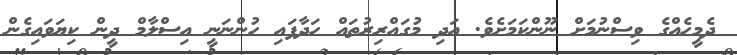
ދެމީހެއްގެ ވިސްނުމަށް ނޫންކަމަށެވެ. އަދި މުގައްރިރުތައް ހަދާފައި ހުންނަނީ އިސްލާމް ދީން ކިޔަވައިގެން